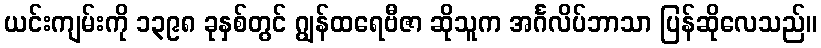
ယင်းကျမ်းကို ၁၃၉၈ ခုနှစ်တွင် ဂျွန်ထရေဗီဇာ ဆိုသူက အင်္ဂလိပ်ဘာသာ ပြန်ဆိုလေသည်။